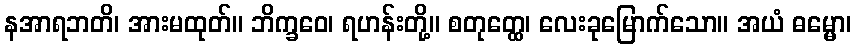
နအာရဘတိ၊ အားမထုတ်။ ဘိက္ခဝေ၊ ရဟန်းတို့။ စတုတ္ထေ၊ လေးခုမြောက်သော။ အယံ ဓမ္မော၊